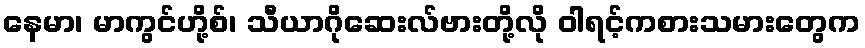
နေမာ၊ မာကွင်ဟို့စ်၊ သီယာဂိုဆေးလ်ဗားတို့လို ဝါရင့်ကစားသမားတွေက